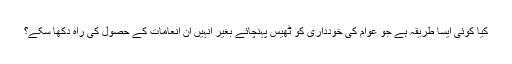
کیا کوئی ایسا طریقہ ہے جو عوام کی خودداری کو ٹھیس پہنچائے بغیر انہیں انِ انعامات کے حصول کی راہ دکھا سکے؟